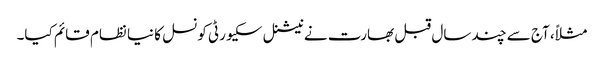
مثلاً، آج سے چند سال قبل بھارت نے نیشنل سکیورٹی کونسل کا نیا نظام قائم کیا۔